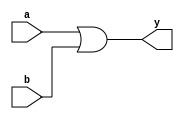
//design code
module andgate(y,a,b);
	output y;
	input a;
	input b;
	assign y=a|b;
endmodule